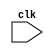
module synchronous_logic (
    input wire clk,
    // add any other input signals here
    
    // add any output signals here
);

// add any internal signals here

always @ (posedge clk, negedge clk) begin
    // add your synchronous logic code here
end

// add any other code here

endmodule